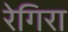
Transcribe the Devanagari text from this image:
रेगिरा